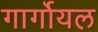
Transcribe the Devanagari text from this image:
गार्गोयल